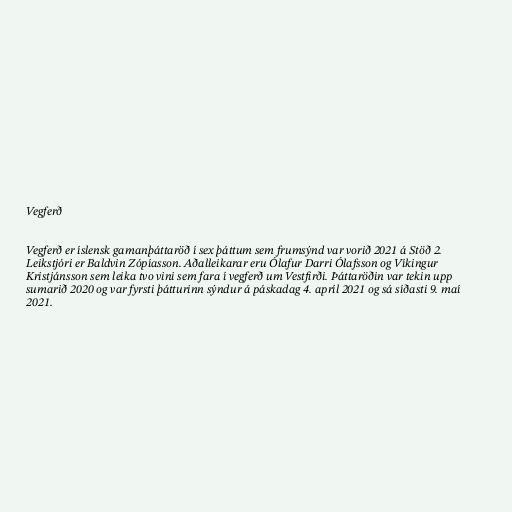
Vegferð

Vegferð er íslensk gamanþáttaröð í sex þáttum sem frumsýnd var vorið 2021 á Stöð 2.
Leikstjóri er Baldvin Zópíasson. Aðalleikarar eru Ólafur Darri Ólafsson og Víkingur
Kristjánsson sem leika tvo vini sem fara í vegferð um Vestfirði. Þáttaröðin var tekin upp
sumarið 2020 og var fyrsti þátturinn sýndur á páskadag 4. apríl 2021 og sá síðasti 9. maí
2021.